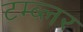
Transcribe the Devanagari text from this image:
टम्ब्लर